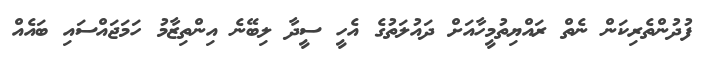
ފުދުންތެރިކަން ނެތް ރައްޔިތުމީހާއަށް ދައުލަތުގެ އެހީ ސީދާ ލިބޭނެ އިންތިޒާމު ހަމަޖައްސައި ބައެއް